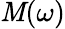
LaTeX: \mathit{M}(\omega)